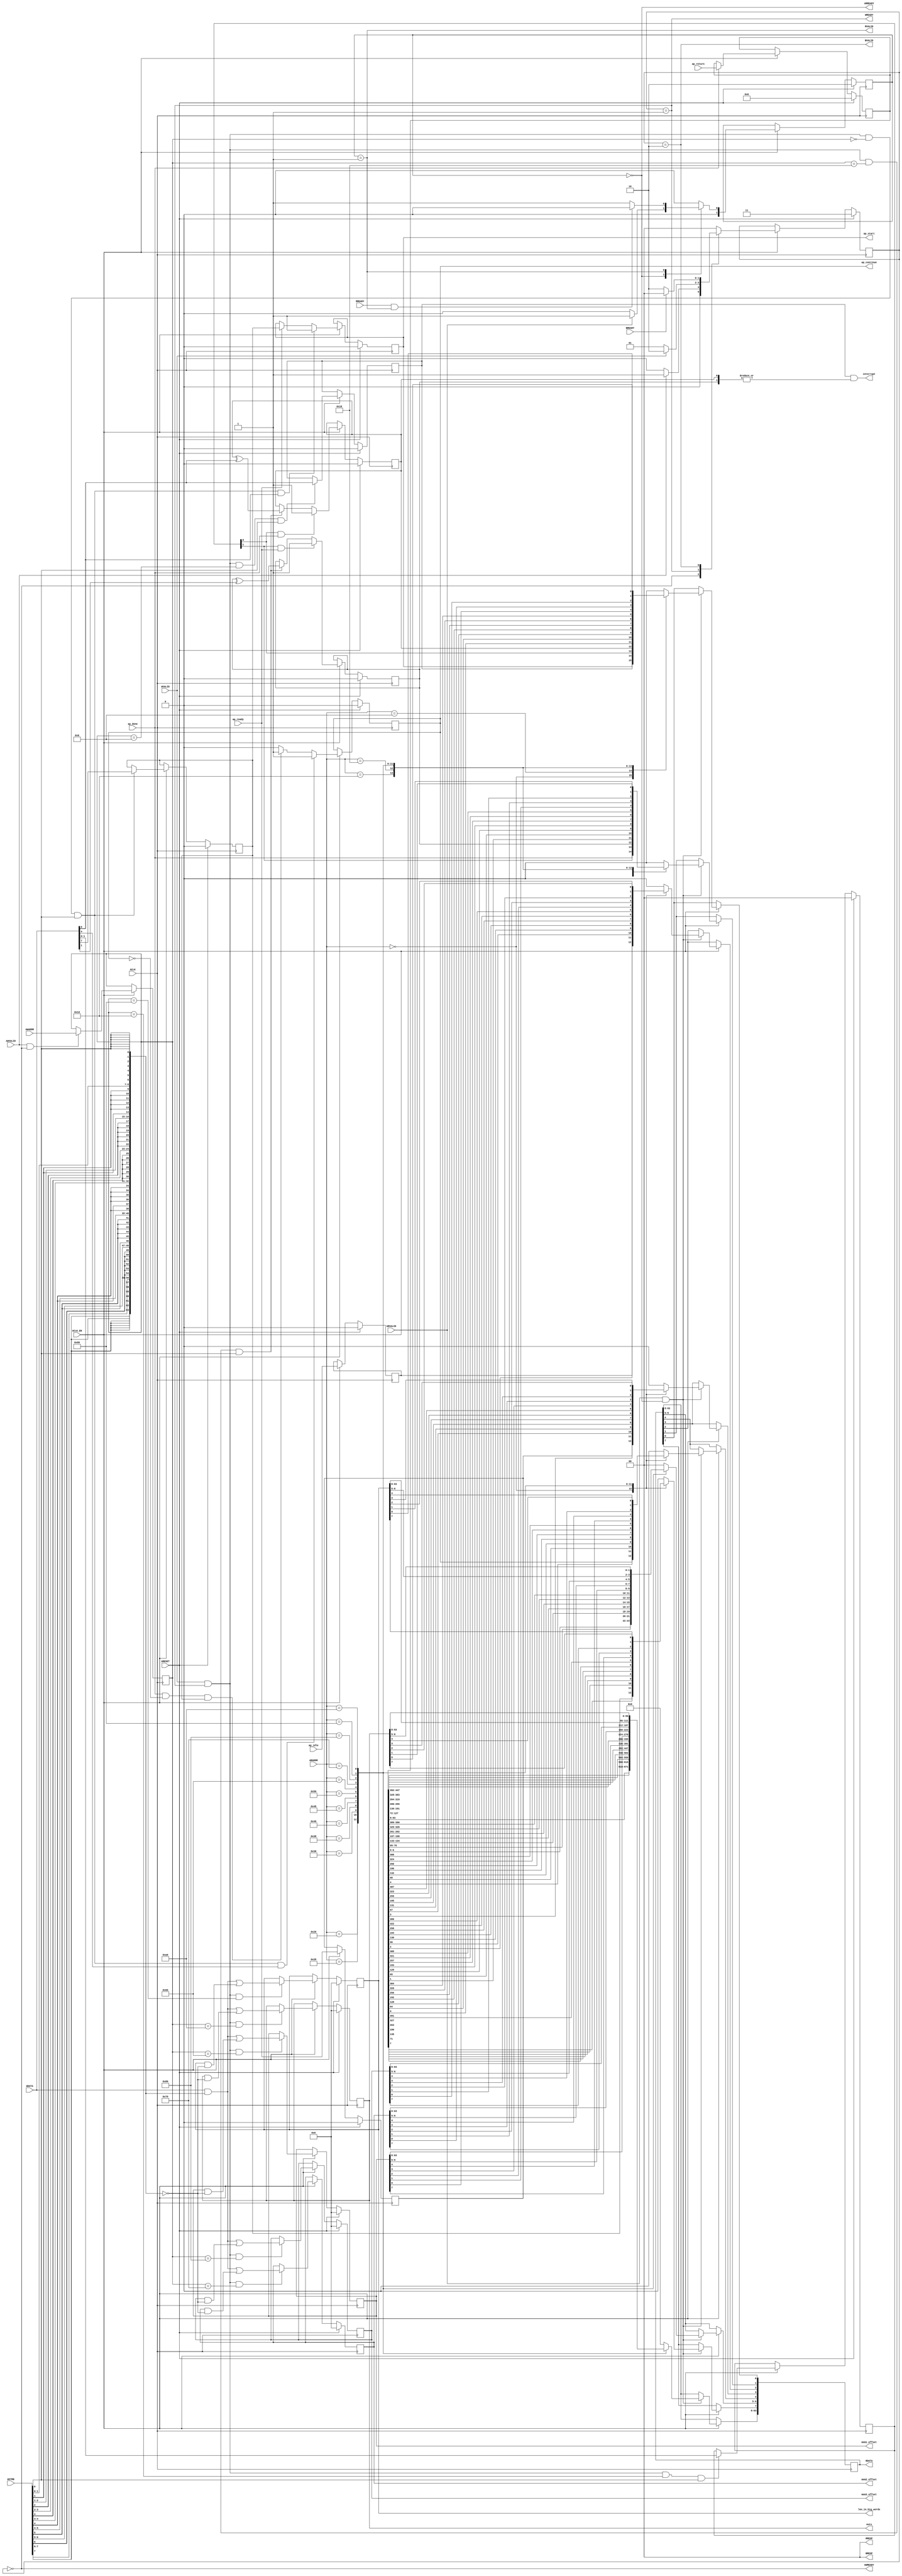
// ==============================================================
// Vitis HLS - High-Level Synthesis from C, C++ and OpenCL v2020.2 (64-bit)
// Copyright 1986-2020 Xilinx, Inc. All Rights Reserved.
// ==============================================================
`timescale 1ns/1ps
module triangle_control_s_axi
#(parameter
    C_S_AXI_ADDR_WIDTH = 8,
    C_S_AXI_DATA_WIDTH = 64
)(
    input  wire                          ACLK,
    input  wire                          ARESET,
    input  wire                          ACLK_EN,
    input  wire [C_S_AXI_ADDR_WIDTH-1:0] AWADDR,
    input  wire                          AWVALID,
    output wire                          AWREADY,
    input  wire [C_S_AXI_DATA_WIDTH-1:0] WDATA,
    input  wire [C_S_AXI_DATA_WIDTH/8-1:0] WSTRB,
    input  wire                          WVALID,
    output wire                          WREADY,
    output wire [1:0]                    BRESP,
    output wire                          BVALID,
    input  wire                          BREADY,
    input  wire [C_S_AXI_ADDR_WIDTH-1:0] ARADDR,
    input  wire                          ARVALID,
    output wire                          ARREADY,
    output wire [C_S_AXI_DATA_WIDTH-1:0] RDATA,
    output wire [1:0]                    RRESP,
    output wire                          RVALID,
    input  wire                          RREADY,
    output wire                          interrupt,
    output wire                          ap_start,
    input  wire                          ap_done,
    input  wire                          ap_ready,
    output wire                          ap_continue,
    input  wire                          ap_idle,
    input  wire [447:0]                  ap_return,
    output wire [63:0]                   mem1_offset,
    output wire [63:0]                   mem2_offset,
    output wire [63:0]                   mem3_offset,
    output wire [63:0]                   len_in_big_words,
    output wire [63:0]                   outs
);
//------------------------Address Info-------------------
// 0x00 : Control signals
//        bit 0  - ap_start (Read/Write/COH)
//        bit 1  - ap_done (Read)
//        bit 2  - ap_idle (Read)
//        bit 3  - ap_ready (Read)
//        bit 4  - ap_continue (Read/Write/SC)
//        bit 7  - auto_restart (Read/Write)
//        others - reserved
// 0x08 : Global Interrupt Enable Register
//        bit 0  - Global Interrupt Enable (Read/Write)
//        others - reserved
// 0x10 : IP Interrupt Enable Register (Read/Write)
//        bit 0  - enable ap_done interrupt (Read/Write)
//        bit 1  - enable ap_ready interrupt (Read/Write)
//        others - reserved
// 0x18 : IP Interrupt Status Register (Read/TOW)
//        bit 0  - ap_done (COR/TOW)
//        bit 1  - ap_ready (COR/TOW)
//        others - reserved
// 0x20 : Data signal of ap_return
//        bit 63~0 - ap_return[63:0] (Read)
// 0x28 : Data signal of ap_return
//        bit 63~0 - ap_return[127:64] (Read)
// 0x30 : Data signal of ap_return
//        bit 63~0 - ap_return[191:128] (Read)
// 0x38 : Data signal of ap_return
//        bit 63~0 - ap_return[255:192] (Read)
// 0x40 : Data signal of ap_return
//        bit 63~0 - ap_return[319:256] (Read)
// 0x48 : Data signal of ap_return
//        bit 63~0 - ap_return[383:320] (Read)
// 0x50 : Data signal of ap_return
//        bit 63~0 - ap_return[447:384] (Read)
// 0x60 : Data signal of mem1_offset
//        bit 63~0 - mem1_offset[63:0] (Read/Write)
// 0x68 : reserved
// 0x70 : Data signal of mem2_offset
//        bit 63~0 - mem2_offset[63:0] (Read/Write)
// 0x78 : reserved
// 0x80 : Data signal of mem3_offset
//        bit 63~0 - mem3_offset[63:0] (Read/Write)
// 0x88 : reserved
// 0x90 : Data signal of len_in_big_words
//        bit 63~0 - len_in_big_words[63:0] (Read/Write)
// 0x98 : reserved
// 0xa0 : Data signal of outs
//        bit 63~0 - outs[63:0] (Read/Write)
// 0xa8 : reserved
// (SC = Self Clear, COR = Clear on Read, TOW = Toggle on Write, COH = Clear on Handshake)

//------------------------Parameter----------------------
localparam
    ADDR_AP_CTRL                 = 8'h00,
    ADDR_GIE                     = 8'h08,
    ADDR_IER                     = 8'h10,
    ADDR_ISR                     = 8'h18,
    ADDR_AP_RETURN_0             = 8'h20,
    ADDR_AP_RETURN_1             = 8'h28,
    ADDR_AP_RETURN_2             = 8'h30,
    ADDR_AP_RETURN_3             = 8'h38,
    ADDR_AP_RETURN_4             = 8'h40,
    ADDR_AP_RETURN_5             = 8'h48,
    ADDR_AP_RETURN_6             = 8'h50,
    ADDR_MEM1_OFFSET_DATA_0      = 8'h60,
    ADDR_MEM1_OFFSET_CTRL        = 8'h68,
    ADDR_MEM2_OFFSET_DATA_0      = 8'h70,
    ADDR_MEM2_OFFSET_CTRL        = 8'h78,
    ADDR_MEM3_OFFSET_DATA_0      = 8'h80,
    ADDR_MEM3_OFFSET_CTRL        = 8'h88,
    ADDR_LEN_IN_BIG_WORDS_DATA_0 = 8'h90,
    ADDR_LEN_IN_BIG_WORDS_CTRL   = 8'h98,
    ADDR_OUTS_DATA_0             = 8'ha0,
    ADDR_OUTS_CTRL               = 8'ha8,
    WRIDLE                       = 2'd0,
    WRDATA                       = 2'd1,
    WRRESP                       = 2'd2,
    WRRESET                      = 2'd3,
    RDIDLE                       = 2'd0,
    RDDATA                       = 2'd1,
    RDRESET                      = 2'd2,
    ADDR_BITS                = 8;

//------------------------Local signal-------------------
    reg  [1:0]                    wstate = WRRESET;
    reg  [1:0]                    wnext;
    reg  [ADDR_BITS-1:0]          waddr;
    wire [C_S_AXI_DATA_WIDTH-1:0] wmask;
    wire                          aw_hs;
    wire                          w_hs;
    reg  [1:0]                    rstate = RDRESET;
    reg  [1:0]                    rnext;
    reg  [C_S_AXI_DATA_WIDTH-1:0] rdata;
    wire                          ar_hs;
    wire [ADDR_BITS-1:0]          raddr;
    // internal registers
    reg                           int_ap_idle;
    reg                           int_ap_continue;
    reg                           int_ap_ready;
    wire                          int_ap_done;
    reg                           int_ap_start = 1'b0;
    reg                           int_auto_restart = 1'b0;
    reg                           int_gie = 1'b0;
    reg  [1:0]                    int_ier = 2'b0;
    reg  [1:0]                    int_isr = 2'b0;
    reg  [447:0]                  int_ap_return;
    reg  [63:0]                   int_mem1_offset = 'b0;
    reg  [63:0]                   int_mem2_offset = 'b0;
    reg  [63:0]                   int_mem3_offset = 'b0;
    reg  [63:0]                   int_len_in_big_words = 'b0;
    reg  [63:0]                   int_outs = 'b0;

//------------------------Instantiation------------------


//------------------------AXI write fsm------------------
assign AWREADY = (wstate == WRIDLE);
assign WREADY  = (wstate == WRDATA);
assign BRESP   = 2'b00;  // OKAY
assign BVALID  = (wstate == WRRESP);
assign wmask   = { {8{WSTRB[7]}}, {8{WSTRB[6]}}, {8{WSTRB[5]}}, {8{WSTRB[4]}}, {8{WSTRB[3]}}, {8{WSTRB[2]}}, {8{WSTRB[1]}}, {8{WSTRB[0]}} };
assign aw_hs   = AWVALID & AWREADY;
assign w_hs    = WVALID & WREADY;

// wstate
always @(posedge ACLK) begin
    if (ARESET)
        wstate <= WRRESET;
    else if (ACLK_EN)
        wstate <= wnext;
end

// wnext
always @(*) begin
    case (wstate)
        WRIDLE:
            if (AWVALID)
                wnext = WRDATA;
            else
                wnext = WRIDLE;
        WRDATA:
            if (WVALID)
                wnext = WRRESP;
            else
                wnext = WRDATA;
        WRRESP:
            if (BREADY)
                wnext = WRIDLE;
            else
                wnext = WRRESP;
        default:
            wnext = WRIDLE;
    endcase
end

// waddr
always @(posedge ACLK) begin
    if (ACLK_EN) begin
        if (aw_hs)
            waddr <= AWADDR[ADDR_BITS-1:0];
    end
end

//------------------------AXI read fsm-------------------
assign ARREADY = (rstate == RDIDLE);
assign RDATA   = rdata;
assign RRESP   = 2'b00;  // OKAY
assign RVALID  = (rstate == RDDATA);
assign ar_hs   = ARVALID & ARREADY;
assign raddr   = ARADDR[ADDR_BITS-1:0];

// rstate
always @(posedge ACLK) begin
    if (ARESET)
        rstate <= RDRESET;
    else if (ACLK_EN)
        rstate <= rnext;
end

// rnext
always @(*) begin
    case (rstate)
        RDIDLE:
            if (ARVALID)
                rnext = RDDATA;
            else
                rnext = RDIDLE;
        RDDATA:
            if (RREADY & RVALID)
                rnext = RDIDLE;
            else
                rnext = RDDATA;
        default:
            rnext = RDIDLE;
    endcase
end

// rdata
always @(posedge ACLK) begin
    if (ACLK_EN) begin
        if (ar_hs) begin
            rdata <= 'b0;
            case (raddr)
                ADDR_AP_CTRL: begin
                    rdata[0] <= int_ap_start;
                    rdata[1] <= int_ap_done;
                    rdata[2] <= int_ap_idle;
                    rdata[3] <= int_ap_ready;
                    rdata[4] <= int_ap_continue;
                    rdata[7] <= int_auto_restart;
                end
                ADDR_GIE: begin
                    rdata <= int_gie;
                end
                ADDR_IER: begin
                    rdata <= int_ier;
                end
                ADDR_ISR: begin
                    rdata <= int_isr;
                end
                ADDR_AP_RETURN_0: begin
                    rdata <= int_ap_return[63:0];
                end
                ADDR_AP_RETURN_1: begin
                    rdata <= int_ap_return[127:64];
                end
                ADDR_AP_RETURN_2: begin
                    rdata <= int_ap_return[191:128];
                end
                ADDR_AP_RETURN_3: begin
                    rdata <= int_ap_return[255:192];
                end
                ADDR_AP_RETURN_4: begin
                    rdata <= int_ap_return[319:256];
                end
                ADDR_AP_RETURN_5: begin
                    rdata <= int_ap_return[383:320];
                end
                ADDR_AP_RETURN_6: begin
                    rdata <= int_ap_return[447:384];
                end
                ADDR_MEM1_OFFSET_DATA_0: begin
                    rdata <= int_mem1_offset[63:0];
                end
                ADDR_MEM2_OFFSET_DATA_0: begin
                    rdata <= int_mem2_offset[63:0];
                end
                ADDR_MEM3_OFFSET_DATA_0: begin
                    rdata <= int_mem3_offset[63:0];
                end
                ADDR_LEN_IN_BIG_WORDS_DATA_0: begin
                    rdata <= int_len_in_big_words[63:0];
                end
                ADDR_OUTS_DATA_0: begin
                    rdata <= int_outs[63:0];
                end
            endcase
        end
    end
end


//------------------------Register logic-----------------
assign interrupt        = int_gie & (|int_isr);
assign ap_start         = int_ap_start;
assign int_ap_done      = ap_done;
assign ap_continue      = int_ap_continue;
assign mem1_offset      = int_mem1_offset;
assign mem2_offset      = int_mem2_offset;
assign mem3_offset      = int_mem3_offset;
assign len_in_big_words = int_len_in_big_words;
assign outs             = int_outs;
// int_ap_start
always @(posedge ACLK) begin
    if (ARESET)
        int_ap_start <= 1'b0;
    else if (ACLK_EN) begin
        if (w_hs && waddr == ADDR_AP_CTRL && WSTRB[0] && WDATA[0])
            int_ap_start <= 1'b1;
        else if (ap_ready)
            int_ap_start <= int_auto_restart; // clear on handshake/auto restart
    end
end

// int_ap_idle
always @(posedge ACLK) begin
    if (ARESET)
        int_ap_idle <= 1'b0;
    else if (ACLK_EN) begin
            int_ap_idle <= ap_idle;
    end
end

// int_ap_ready
always @(posedge ACLK) begin
    if (ARESET)
        int_ap_ready <= 1'b0;
    else if (ACLK_EN) begin
            int_ap_ready <= ap_ready;
    end
end

// int_ap_continue
always @(posedge ACLK) begin
    if (ARESET)
        int_ap_continue <= 1'b0;
    else if (ACLK_EN) begin
        if (w_hs && waddr == ADDR_AP_CTRL && WSTRB[0] && WDATA[4])
            int_ap_continue <= 1'b1;
        else if (ap_done & ~int_ap_continue & int_auto_restart)
            int_ap_continue <= 1'b1; // auto restart
        else
            int_ap_continue <= 1'b0; // self clear
    end
end

// int_auto_restart
always @(posedge ACLK) begin
    if (ARESET)
        int_auto_restart <= 1'b0;
    else if (ACLK_EN) begin
        if (w_hs && waddr == ADDR_AP_CTRL && WSTRB[0])
            int_auto_restart <=  WDATA[7];
    end
end

// int_gie
always @(posedge ACLK) begin
    if (ARESET)
        int_gie <= 1'b0;
    else if (ACLK_EN) begin
        if (w_hs && waddr == ADDR_GIE && WSTRB[0])
            int_gie <= WDATA[0];
    end
end

// int_ier
always @(posedge ACLK) begin
    if (ARESET)
        int_ier <= 1'b0;
    else if (ACLK_EN) begin
        if (w_hs && waddr == ADDR_IER && WSTRB[0])
            int_ier <= WDATA[1:0];
    end
end

// int_isr[0]
always @(posedge ACLK) begin
    if (ARESET)
        int_isr[0] <= 1'b0;
    else if (ACLK_EN) begin
        if (int_ier[0] & ap_done)
            int_isr[0] <= 1'b1;
        else if (w_hs && waddr == ADDR_ISR && WSTRB[0])
            int_isr[0] <= int_isr[0] ^ WDATA[0]; // toggle on write
    end
end

// int_isr[1]
always @(posedge ACLK) begin
    if (ARESET)
        int_isr[1] <= 1'b0;
    else if (ACLK_EN) begin
        if (int_ier[1] & ap_ready)
            int_isr[1] <= 1'b1;
        else if (w_hs && waddr == ADDR_ISR && WSTRB[0])
            int_isr[1] <= int_isr[1] ^ WDATA[1]; // toggle on write
    end
end

// int_ap_return
always @(posedge ACLK) begin
    if (ARESET)
        int_ap_return <= 0;
    else if (ACLK_EN) begin
        if (ap_done)
            int_ap_return <= ap_return;
    end
end

// int_mem1_offset[63:0]
always @(posedge ACLK) begin
    if (ARESET)
        int_mem1_offset[63:0] <= 0;
    else if (ACLK_EN) begin
        if (w_hs && waddr == ADDR_MEM1_OFFSET_DATA_0)
            int_mem1_offset[63:0] <= (WDATA[63:0] & wmask) | (int_mem1_offset[63:0] & ~wmask);
    end
end

// int_mem2_offset[63:0]
always @(posedge ACLK) begin
    if (ARESET)
        int_mem2_offset[63:0] <= 0;
    else if (ACLK_EN) begin
        if (w_hs && waddr == ADDR_MEM2_OFFSET_DATA_0)
            int_mem2_offset[63:0] <= (WDATA[63:0] & wmask) | (int_mem2_offset[63:0] & ~wmask);
    end
end

// int_mem3_offset[63:0]
always @(posedge ACLK) begin
    if (ARESET)
        int_mem3_offset[63:0] <= 0;
    else if (ACLK_EN) begin
        if (w_hs && waddr == ADDR_MEM3_OFFSET_DATA_0)
            int_mem3_offset[63:0] <= (WDATA[63:0] & wmask) | (int_mem3_offset[63:0] & ~wmask);
    end
end

// int_len_in_big_words[63:0]
always @(posedge ACLK) begin
    if (ARESET)
        int_len_in_big_words[63:0] <= 0;
    else if (ACLK_EN) begin
        if (w_hs && waddr == ADDR_LEN_IN_BIG_WORDS_DATA_0)
            int_len_in_big_words[63:0] <= (WDATA[63:0] & wmask) | (int_len_in_big_words[63:0] & ~wmask);
    end
end

// int_outs[63:0]
always @(posedge ACLK) begin
    if (ARESET)
        int_outs[63:0] <= 0;
    else if (ACLK_EN) begin
        if (w_hs && waddr == ADDR_OUTS_DATA_0)
            int_outs[63:0] <= (WDATA[63:0] & wmask) | (int_outs[63:0] & ~wmask);
    end
end


//------------------------Memory logic-------------------

endmodule